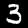
Digit: 3